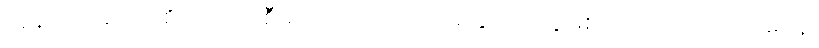
တွန့်ဆုတ်သော စိတ်ကို ပြုစီမံတတ်သော သင်္ခါရနှင့် တကွဖြစ်သော။ သပ္ပယောဂေန၊